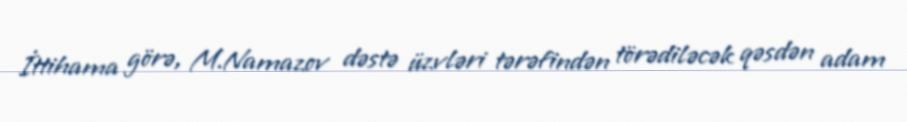
İttihama görə, M.Namazov dəstə üzvləri tərəfindən törədiləcək qəsdən adam